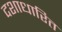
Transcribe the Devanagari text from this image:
दशाधारित